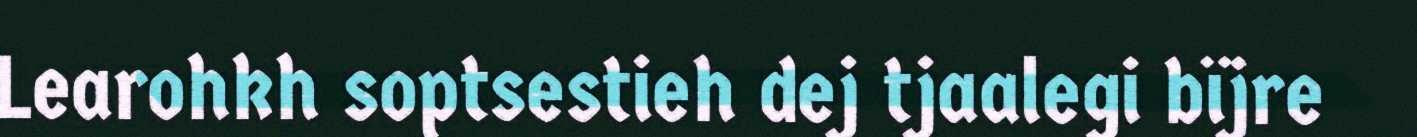
Learohkh soptsestieh dej tjaalegi bïjre